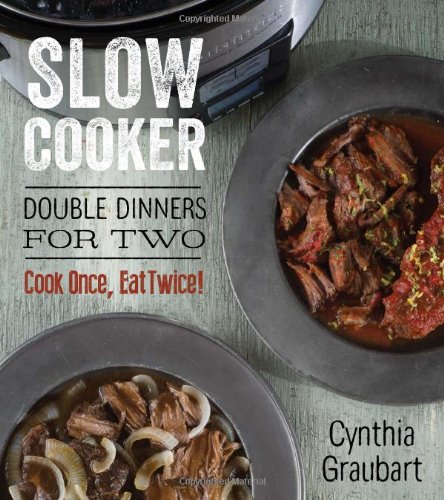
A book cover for Slow Cooker Double Dinners for Two: Cook Once, Eat Twice! (Slow Cooking for Two); Cynthia Graubart; Cookbooks, Food & Wine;